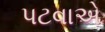
પટવાએ